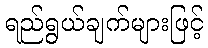
ရည်ရွယ်ချက်များဖြင့်